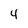
Character: 4